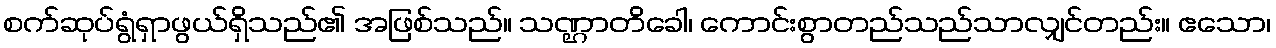
စက်ဆုပ်ရွံရှာဖွယ်ရှိသည်၏ အဖြစ်သည်။ သဏ္ဌာတိခေါ၊ ကောင်းစွာတည်သည်သာလျှင်တည်း။ ဧသော၊